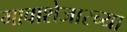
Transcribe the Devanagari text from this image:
गावाशेजारच्या